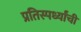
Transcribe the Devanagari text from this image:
प्रतिस्पर्ध्यांची